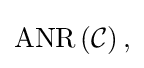
{\textstyle \operatorname {ANR} \left({\mathcal {C}}\right),}